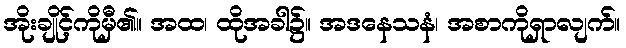
အိုးချိုင့်ကိုမှီ၏။ အထ၊ ထိုအခါ၌။ အဒနေသနံ၊ အစာကိုရှာလျက်။